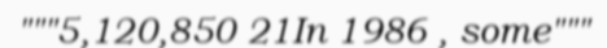
"""5,120,850 21In 1986 , some"""